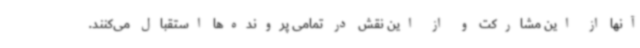
آنها از این مشارکت و از این نقش در تمامی پرونده‌ها استقبال می‌کنند.